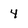
Character: 4